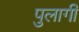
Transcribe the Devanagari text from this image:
पुलागी